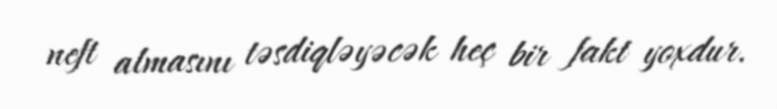
neft almasını təsdiqləyəcək heç bir fakt yoxdur.